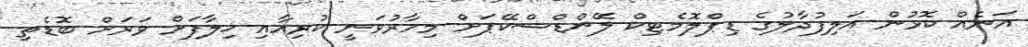
އަނެއް ކޮޅުން އަލިފުދާލުގެ ޑިޕްލޮމެޓިކް ލޭންޑްސްކޭޕަށް މިހާރުވަނީ ކުރިއާއި ޚިލާފަށް ވަރަށް ބޮޑެތި